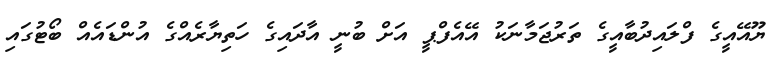
ޔޫއޭއީގެ ފްލައިދުބާއީގެ ތަރުޖަމާނަކު އޭއެފްޕީ އަށް ބުނީ އާދައިގެ ހަތިޔާރެއްގެ އުންޑައެއް ބޯޓުގައި